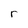
Character: r